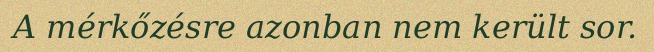
A mérkőzésre azonban nem került sor.